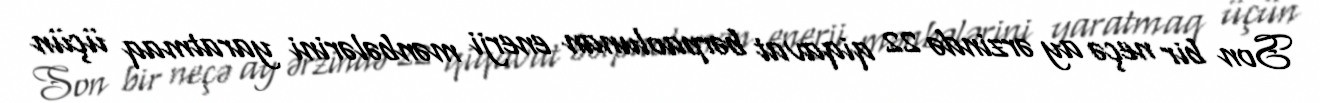
Son bir neçə ay ərzində 22 qiqavat bərpaolunan enerji mənbələrini yaratmaq üçün